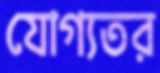
যোগ্যতর